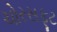
ચોરસફૂટ